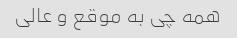
همه چی به موقع و عالی